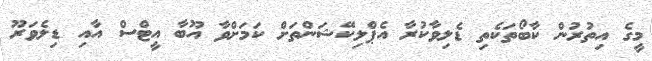
މީގެ އިތުރުން ކާބޯތަކެތި ޑެލިވާކުރާ އެޕްލިކޭޝަންތަށް ކަމަށްވާ އޫބާ އީޓްސް އާއި ޑިލެވަރޫ